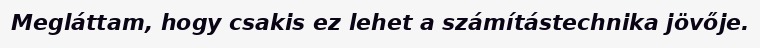
Megláttam, hogy csakis ez lehet a számítástechnika jövője.